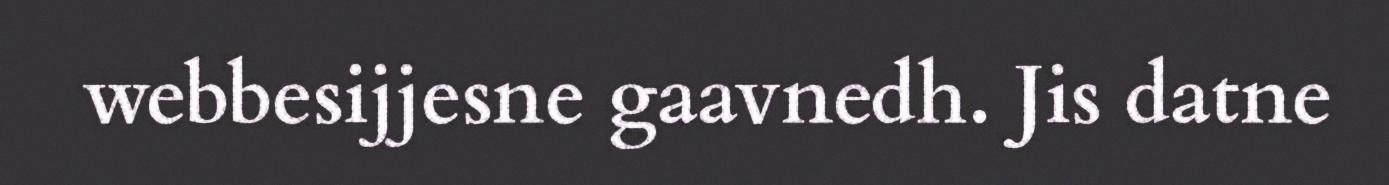
webbesijjesne gaavnedh. Jis datne